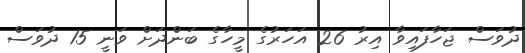
ދުވަސް ޖަހާފައިވާ އިރު 26 އަހަރުގެ މީހާގެ ބަންދަށް ވަނީ 15 ދުވަސް